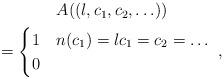
LaTeX: \begin{align*}\begin{gathered}A((l,c_1,c_2,\ldots)) \\=\begin{cases}1& n(c_1)=l c_1=c_2=\ldots\\0& \end{cases}\;,\end{gathered}\end{align*}